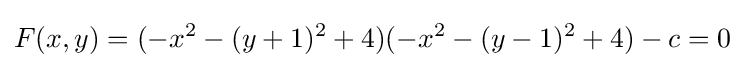
F(x,y)=(-x^{2}-(y+1)^{2}+4)(-x^{2}-(y-1)^{2}+4)-c=0